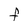
Character: F